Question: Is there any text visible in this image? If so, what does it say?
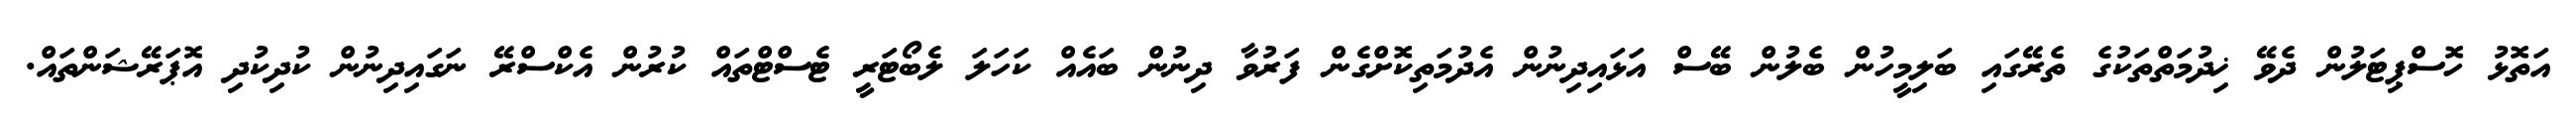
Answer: އަތޮޅު ހޮސްޕިޓަލުން ދެވޭ ޚިދުމަތްތަކުގެ ތެރޭގައި ބަލިމީހުން ބެލުން ބޭސް އަޅައިދިނުން އެދުމަތިކޮށްގެން ފަރުވާ ދިނުން ބައެއް ކަހަލަ ލެބޯޓަރީ ޓެސްޓްތައް ކުރުން އެކްސްރޭ ނަގައިދިނުން ކުދިކުދި އޮޕަރޭޝަންތައް.